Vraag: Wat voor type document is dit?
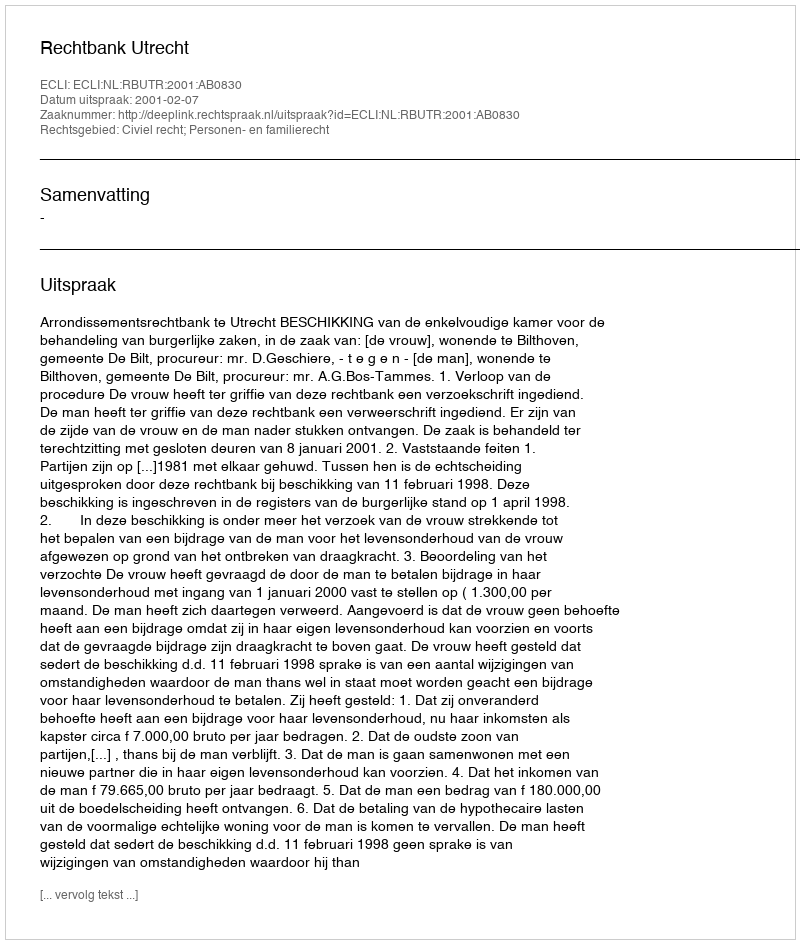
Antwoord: Uitspraak